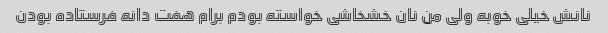
نانش خیلی خوبه ولی من نان خشخاشی خواسته بودم برام هفت دانه فرستاده بودن